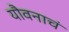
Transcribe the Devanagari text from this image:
यौवनाचं